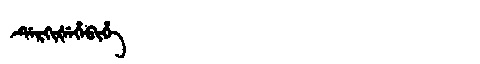
Manchu: ᡩᡝᡵᡴᡳᡧᡝᡥᡝᠪᡳᡥᡝ
Romanization: DERKIŠEHEBIHE